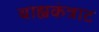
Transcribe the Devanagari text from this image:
बाह्यकंत्राट